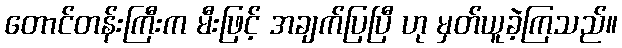
တောင်တန်းကြီးက မီးဖြင့် အချက်ပြပြီ ဟု မှတ်ယူခဲ့ကြသည်။